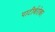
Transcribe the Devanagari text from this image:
पाटीर्बरोबर